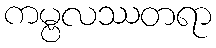
ကမ္ဗလဿတရာ